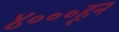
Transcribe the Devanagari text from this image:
४०००हून